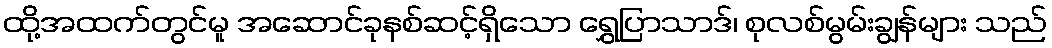
ထို့အထက်တွင်မူ အဆောင်ခုနစ်ဆင့်ရှိသော ရွှေပြာသာဒ်၊ စုလစ်မွမ်းချွန်များ သည်